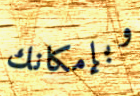
وبإمكانك